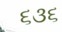
૬૩૬